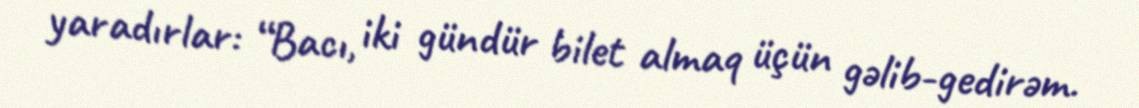
yaradırlar: “Bacı, iki gündür bilet almaq üçün gəlib-gedirəm.